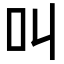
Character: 叫